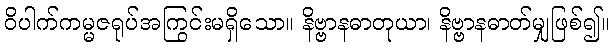
ဝိပါက်ကမ္မဇရုပ်အကြွင်းမရှိသော။ နိဗ္ဗာနဓာတုယာ၊ နိဗ္ဗာနဓာတ်မျှဖြစ်၍။